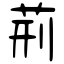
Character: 荊